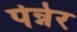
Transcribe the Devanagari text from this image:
पेन्नेर